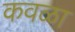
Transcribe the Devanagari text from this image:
कवळा